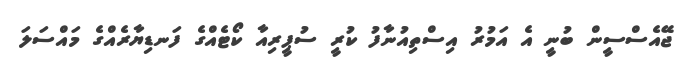
ޖޭއެސްސީން ބުނީ އެ އަމުރު އިސްތިއުނާފު ކުރީ ސުޕީރިއާ ކޯޓެއްގެ ފަނޑިޔާރެއްގެ މައްސަލަ